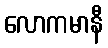
လောကမာနီ